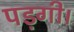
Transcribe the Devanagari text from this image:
पड़गी।